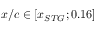
x / c \in [ x _ { S T G } ; 0 . 1 6 ]